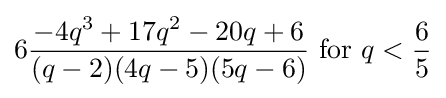
6{\frac {-4q^{3}+17q^{2}-20q+6}{(q-2)(4q-5)(5q-6)}}{\text{ for }}q<{\frac {6}{5}}